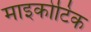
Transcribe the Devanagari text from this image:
माइकोटिक